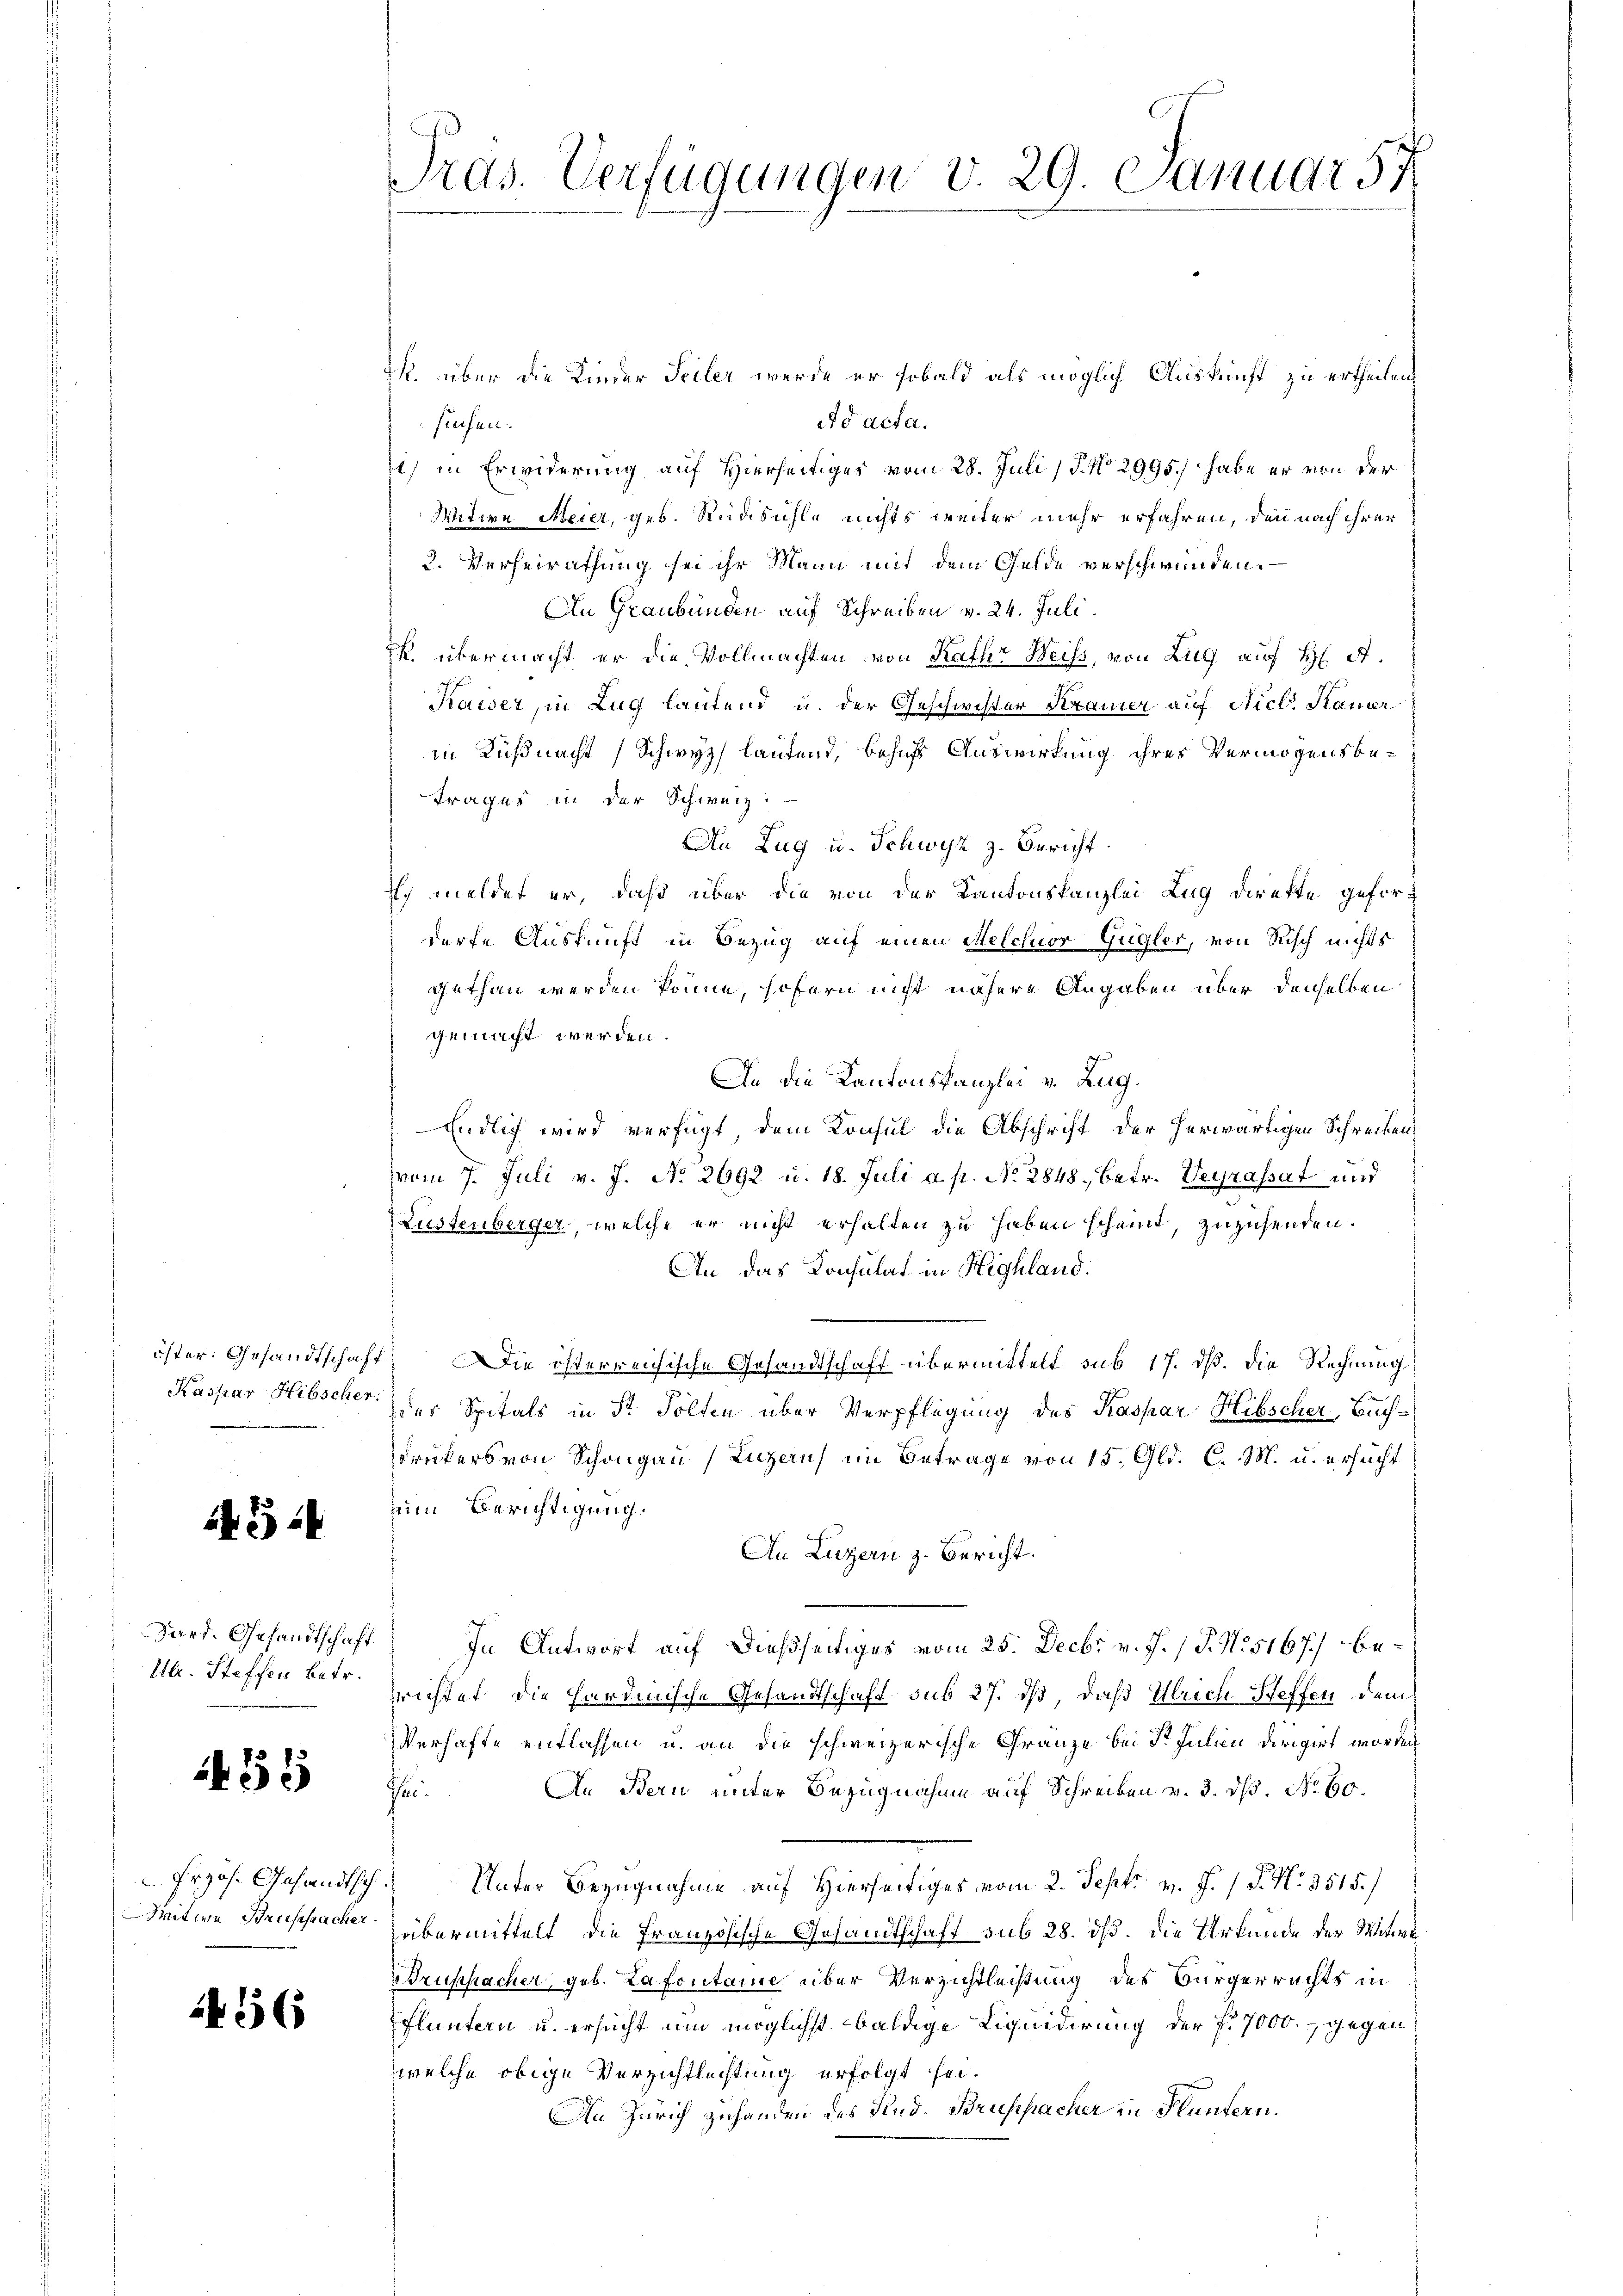
Kaspar Hibscher.

324

Ulr. Steffen betr.

33

56

Pras. Verfügungen v. 29. Januar 57

k. über die Kinder Teiler werde er sobald als möglich Auskunft zu ertheilen,
ad acta.
suchen.
i) in Erwiderung auf Hierseitiger vom 28. Juli P. No 2995.) habe er von der
Mitere Meier, geb. Rüdsühle nichts weiter mehr erfahren, den nach ihrer
2. Verheirathung sei ihr Mann mit dem Gelde verschwunden.
An Graubünden auf Schreiben v. 24. Juli.
. übermacht er die Vollmachten von Kathr Weiss, von Zug auf H A.
Kaiser, in Zug lautend u. der Geschwister Kramer auf Nicl. Sauer
in Küßnacht (Schwyz laufend, behufs Auswirkung ihres Vermögensbetrages in der Schweiz.
An Zug u. Schwyz z. Bericht
Ich meldet er, daß über die von der Kantonskanzlei Zug direkte geforderfe Auskunft in Bezug auf einen Melchior Gugler, von Risch nichts
gethan werden könne, sofern nicht nähere Angaben über denselben
gemacht werden.
An die Kantonskanzlei v. Zug.
Endlich wird verfügt, dem Konsul die Abschrift der herwärtigen Schreiben,
vom 7. Juli v. J. No 2692 u. 18. Juli a. p. No. 2848, betr. Veyrassat und
Lustenberger, welche er nicht erhalten zu haben scheint, zuzusenden.
An das Konsulat in Highland.
öster. Gesandtschaft. Die österreichische Gesandtschaft übermittelt sub 17. dß. Die Rechnung
des Spitals in St. Solten über Verpflegung des Kaspar Hibscher Buchreckers von Schongau, Luzern) im Betrage von 15. Gld. C. M. u. ersucht
zum Berichtigung.
An Luzern z. Bericht.
Dard. Gesandtschaft) In Antwort auf dießseitiges vom 25. Decbr v. J. / P. N. 5167) berrichtet, die hardinische Gesandtschaft sub 27. ds, daß Ulrich Steffen dem
Verhafte entlassen u. an die schweizerische Gränze bei St. Julien dirigirt worden
An Bau unter Bezugnahme auf Schreiben v. 3. ds. No. 60.
Frei¬
Erzös. Gesandtsch. Unter Bezugnahme auf Hierseitiges vom 2. Sept. v. J. 1 S. Nr. 3515./
Dreitwe Bruppache übermittelt, die Französische Gesandtschaft sub 28. dß. Die Urkunde der Witwe
Bruppacher, geb. Lafcutaine über Verzichtleistung des Bürgerrechts in
Fluntern u. ersucht nun möglichst baldige Liquidirung der f. 7000., gegen
welche obige Verzichtleistung erfolgt sei.
An Zürich zuhanden des Rud. Bruspacher in Plantern.